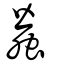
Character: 蠶